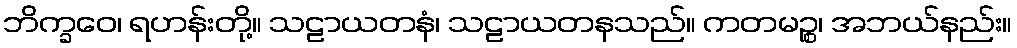
ဘိက္ခဝေ၊ ရဟန်းတို့။ သဠာယတနံ၊ သဠာယတနသည်။ ကတမဉ္စ၊ အဘယ်နည်း။